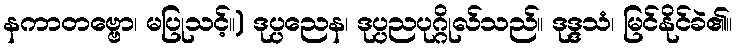
နကာတဗ္ဗော၊ မပြုသင့်။) ဒုပ္ပညေန၊ ဒုပ္ပညပုဂ္ဂိုလ်သည်။ ဒုဒ္ဒသံ၊ မြင်နိုင်ခဲ၏။